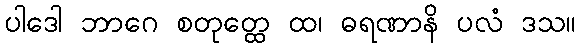
ပါဒေါ ဘာဂေ စတုတ္ထေ ထ၊ ဓရဏာနိ ပလံ ဒသ။